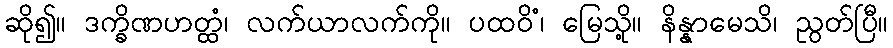
ဆို၍။ ဒက္ခိဏဟတ္ထံ၊ လက်ယာလက်ကို။ ပထဝိံ၊ မြေသို့။ နိန္နာမေသိ၊ ညွတ်ပြီ။